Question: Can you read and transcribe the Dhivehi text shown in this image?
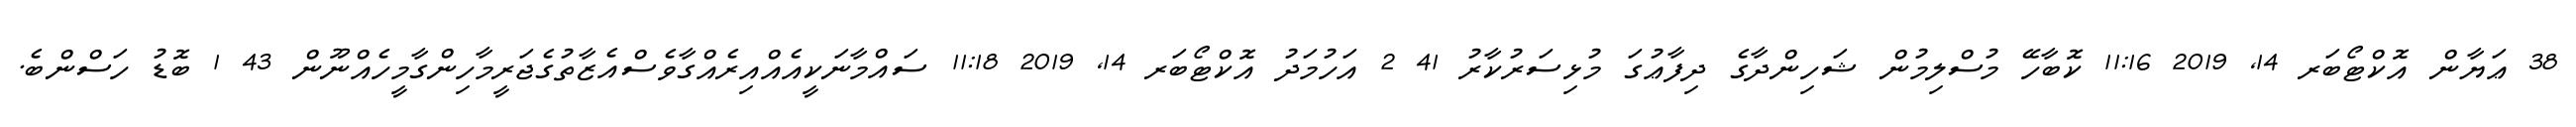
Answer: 38 ޢަޔާން އޮކްޓޯބަރ 14, 2019 11:16 ކޮބާހޭ މުސްލިމުން ޝަހިންދާގެ ދިފާޢުގަ މުޅިސަރުކާރު 41 2 އަހުމަދު އޮކްޓޯބަރ 14, 2019 11:18 ސައްމާނަކީއެއްއިރެއްގާވެސްއެޒާތުގެޖަރީމާހިންގާމީހެއްނޫން 43 1 ބޮޑު ހަސްންބެ.